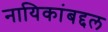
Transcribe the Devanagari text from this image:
नायिकांबद्दल